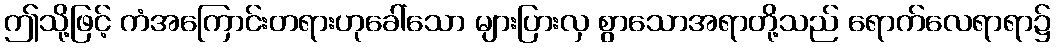
ဤသို့ဖြင့် ကံအကြောင်းတရားဟုခေါ်သော များပြားလှ စွာသောအရာတို့သည် ရောက်လေရာရာ၌